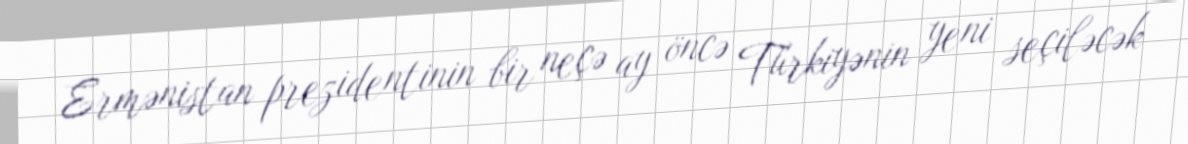
Ermənistan prezidentinin bir neçə ay öncə Türkiyənin yeni seçiləcək